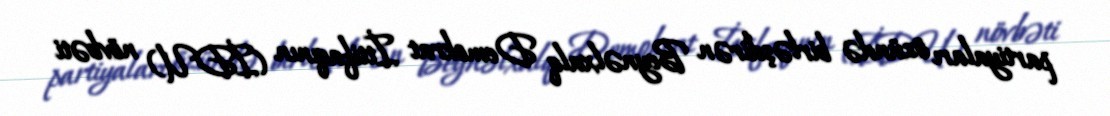
partiyaları özündə birləşdirən Beynəlxalq Demokrat İttifaqının (İDU) növbəti